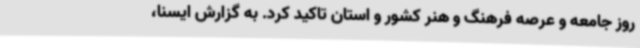
روز جامعه و عرصه فرهنگ و هنر کشور و استان تاکید کرد. به گزارش ایسنا،